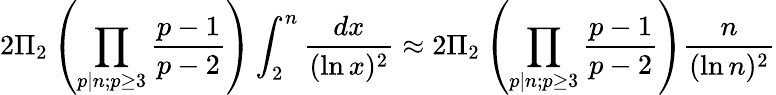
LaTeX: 2\Pi_{2}\left(\prod_{p\mid n;p\geq 3}{\frac{p-1}{p-2}}\right)\int_{2}^{n}{\frac{dx}{(\ln x)^{2}}}\approx 2\Pi_{2}\left(\prod_{p\mid n;p\geq 3}{\frac{p-1}{p-2}}\right){\frac{n}{(\ln n)^{2}}}